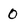
Character: 0